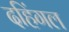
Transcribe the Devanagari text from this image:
दहिंगल